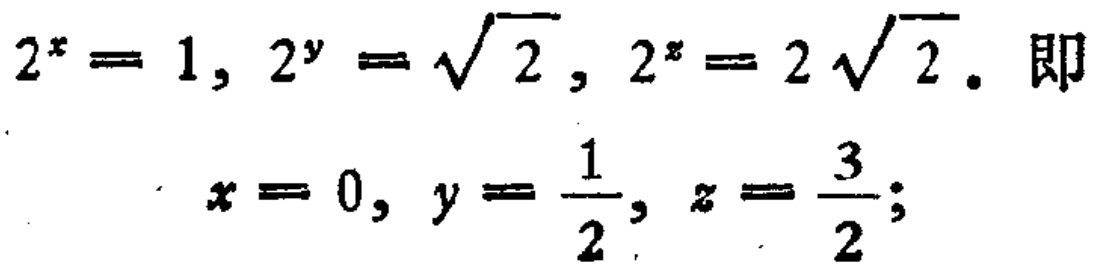
\[

\begin{align*}

2^{x}&=1,2^{y}=\sqrt{2},2^{z}=2\sqrt{2}.\text{ 即}\\

x&=0,y = \frac{1}{2},z=\frac{3}{2};

\end{align*}

\]